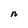
Character: n